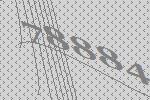
78884